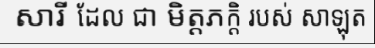
សារី ដែល ជា មិត្តភក្តិ របស់ សាឡុត